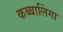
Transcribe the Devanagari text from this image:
कब्बालिंगा